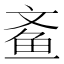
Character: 𮹓